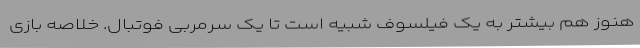
هنوز هم بیشتر به یک فیلسوف شبیه است تا یک سرمربی فوتبال. خلاصه بازی